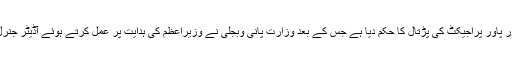
کافی شور مچنے کے بعد وزیراعظم نوازشریف نے 425 میگا واٹ کے نندی پور پاور پراجیکٹ کی پڑتال کا حکم دیا ہے جس کے بعد وزارت پانی وبجلی نے وزیراعظم کی ہدایت پر عمل کرتے ہوئے آڈیٹر جنرل کو نندی پور پاور پروجیکٹ کا آڈٹ کرنے کے لیے باضابطہ خط لکھا دیا ہے۔